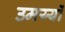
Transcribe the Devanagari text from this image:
उमय्यों